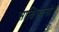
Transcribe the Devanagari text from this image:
साक्षित्वासी